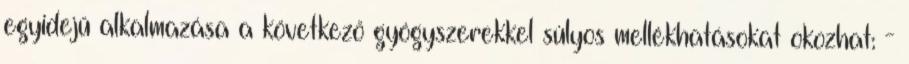
egyidejű alkalmazása a következő gyógyszerekkel súlyos mellékhatásokat okozhat: -